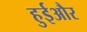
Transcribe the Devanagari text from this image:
हुईऔर